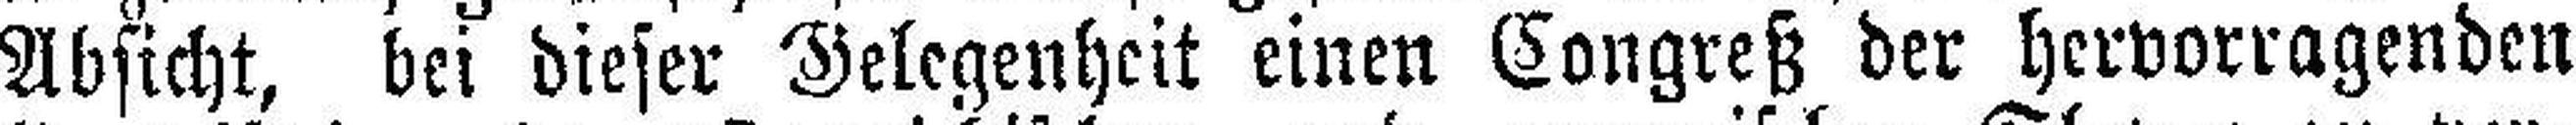
Absicht, bei dieser Gelegenheit einen Congreß der hervorragenden